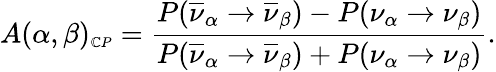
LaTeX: A(\alpha,\beta)_{\scriptsize\mathbb{C}P}=\frac{{P(\overline{{{{\nu}}}}_{\alpha}\rightarrow\overline{{{{\nu}}}}_{\beta})-P(\nu_{\alpha}\rightarrow\nu_{\beta})}}{{P(\overline{{{{\nu}}}}_{\alpha}\rightarrow\overline{{{{\nu}}}}_{\beta})+P(\nu_{\alpha}\rightarrow\nu_{\beta})}}.